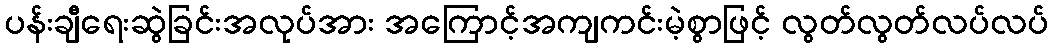
ပန်းချီရေးဆွဲခြင်းအလုပ်အား အကြောင့်အကျကင်းမဲ့စွာဖြင့် လွတ်လွတ်လပ်လပ်